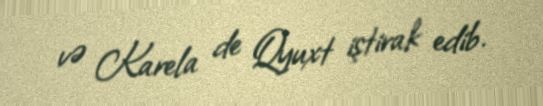
və Karela de Qyuxt iştirak edib.